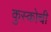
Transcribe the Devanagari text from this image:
कुस्कोची